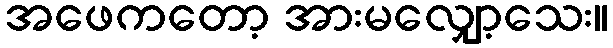
အဖေကတော့ အားမလျှော့သေး။